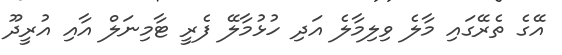
އޭގެ ތެރޭގައި މާލެ ވިލިމާލެ އަދި ހުޅުމާލޭ ފެރީ ޓާމިނަލް އާއި އުރީދޫ